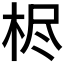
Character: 𰗦